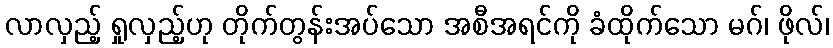
လာလှည့် ရှုလှည့်ဟု တိုက်တွန်းအပ်သော အစီအရင်ကို ခံထိုက်သော မဂ်၊ ဖိုလ်၊